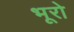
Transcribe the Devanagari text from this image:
भूरो